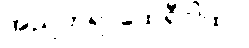
အညတရာထေရီဂါထာ